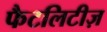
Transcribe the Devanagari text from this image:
फैटलिटीज़